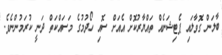
ބާލަން ގޮވާލައި ޕެޓިޝަނެއް ތައްޔާރުކޮށް އެއަށް ސޮއި ހޯދުމުގެ މަސައްކަތް ދަނީ ކުރަމުންނެވެ.